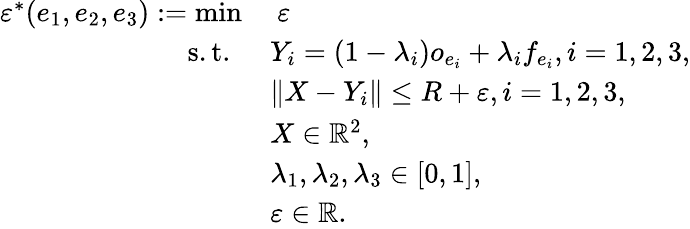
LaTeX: \begin{array}{rl}{\varepsilon^{*}(e_{1},e_{2},e_{3}):=\operatorname*{min}}&{\ \varepsilon}\\ {\mathrm{s.t.~}}&{Y_{i}=(1-\lambda_{i})o_{e_{i}}+\lambda_{i}f_{e_{i}},i=1,2,3,}\\ &{\| X-Y_{i}\| \leq R+\varepsilon,i=1,2,3,}\\ &{X\in\mathbb{R}^{2},}\\ &{\lambda_{1},\lambda_{2},\lambda_{3}\in[0,1],}\\ &{\varepsilon\in\mathbb{R}.}\end{array}